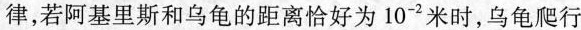
律，若阿基里斯和乌龟的距离恰好为10^{-2}米时，乌龟爬行